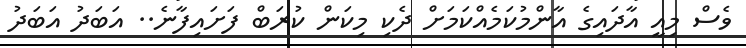
ވެސް މިއީ އާދައިގެ އާންމުކަމެއްކަމަށް ދެކި މިކަން ކުރަބް ފަށައިފާނެ.. އަބަދު އަބަދު